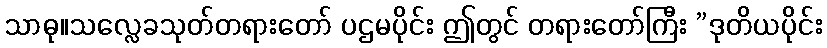
သာဓု။သလ္လေခသုတ်တရားတော် ပဌမပိုင်း ဤတွင် တရားတော်ကြီး ”ဒုတိယပိုင်း